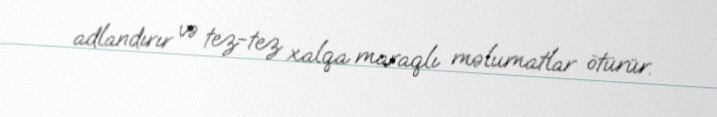
adlandırır və tez-tez xalqa maraqlı məlumatlar ötürür.